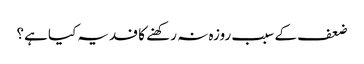
ضعف کے سبب روزہ نہ رکھنے کا فدیہ کیا ہے؟